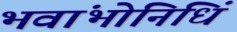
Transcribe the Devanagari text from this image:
भवांभोनिधिं